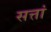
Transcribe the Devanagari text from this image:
सत्तां